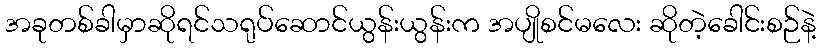
အခုတစ်ခါမှာဆိုရင်သရုပ်ဆောင်ယွန်းယွန်းက အပျိုစင်မလေး ဆိုတဲ့ခေါင်းစဉ်နဲ့